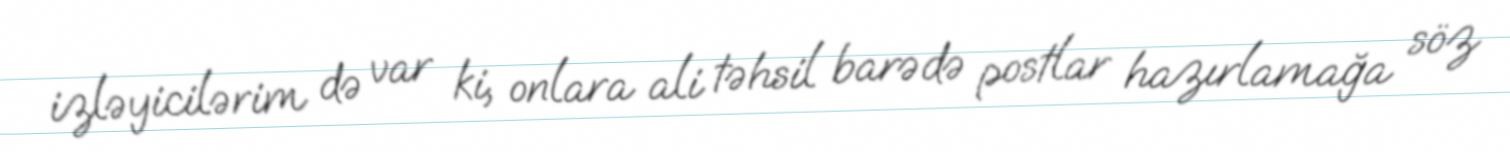
izləyicilərim də var ki, onlara ali təhsil barədə postlar hazırlamağa söz